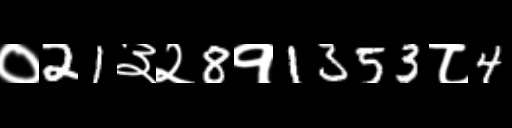
Text: ०21३२8१1353८4